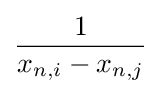
{\frac {1}{x_{n,i}-x_{n,j}}}